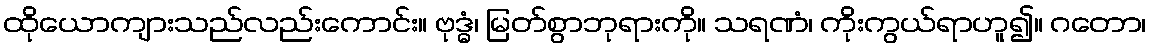
ထိုယောကျားသည်လည်းကောင်း။ ဗုဒ္ဓံ၊ မြတ်စွာဘုရားကို။ သရဏံ၊ ကိုးကွယ်ရာဟူ၍။ ဂတော၊